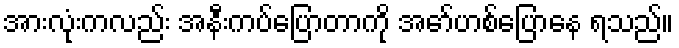
အားလုံးကလည်း အနီးကပ်ပြောတာကို အော်ဟစ်ပြောနေ ရသည်။